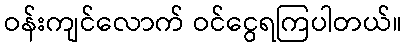
ဝန်းကျင်လောက် ဝင်ငွေရကြပါတယ်။